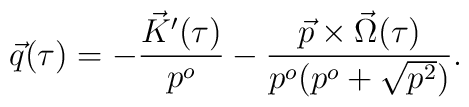
\vec{q}(\tau)=-\frac{\vec{K}'(\tau)}{p^o}-\frac{\vec{p}\times\vec{\Omega}(\tau)}{p^o(p^o+\sqrt{p^2})}.